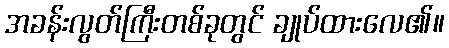
အခန်းလွတ်ကြီးတစ်ခုတွင် ချုပ်ထားလေ၏။